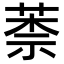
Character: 𦳐